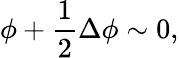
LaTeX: \phi+\frac{1}{2}\Delta\phi\sim 0,